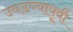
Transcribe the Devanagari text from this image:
उघडण्यापूर्वी